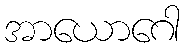
အာယောဂေါ